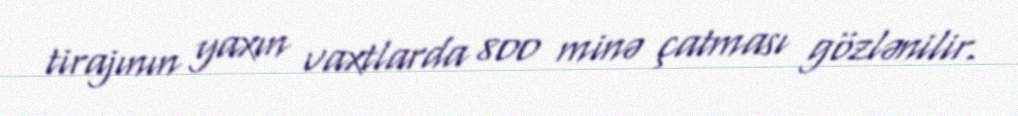
tirajının yaxın vaxtlarda 800 minə çatması gözlənilir.